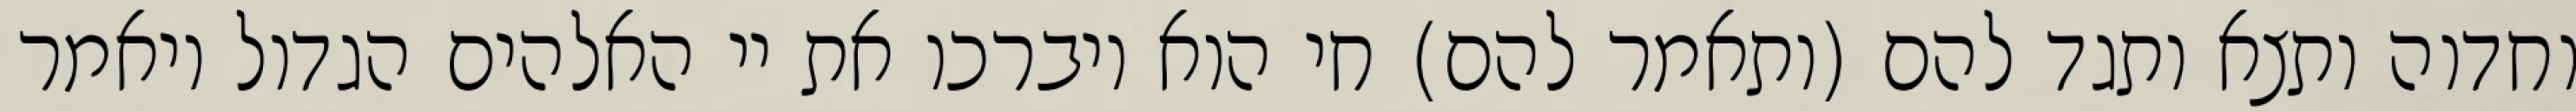
וחדוה ותצא ותגד להם (ותאמר להם) חי הוא ויברכו את יי האלהים הגדול ויאמר